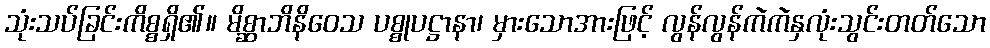
သုံးသပ်ခြင်းကိစ္စရှိ၏။ မိစ္ဆာဘိနိဝေသ ပစ္စုပဋ္ဌာနာ၊ မှားသောအားဖြင့် လွန်လွန်ကဲကဲနှလုံးသွင်းတတ်သော